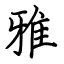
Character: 雅